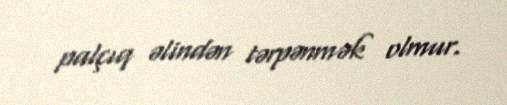
palçıq əlindən tərpənmək olmur.